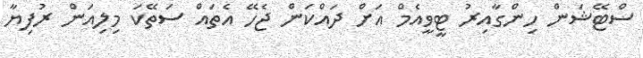
ސްޓޭޝަން ހިންގާއިރު ޓީވީއެމް އަށް ދައްކަން ޖެހޭ އެތައް ސަތޭކަ މިލިއަން ރުފިޔާ